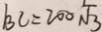
/ B C = 2 0 0 \sqrt { 3 }